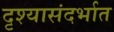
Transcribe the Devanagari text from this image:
दृश्यासंदर्भात